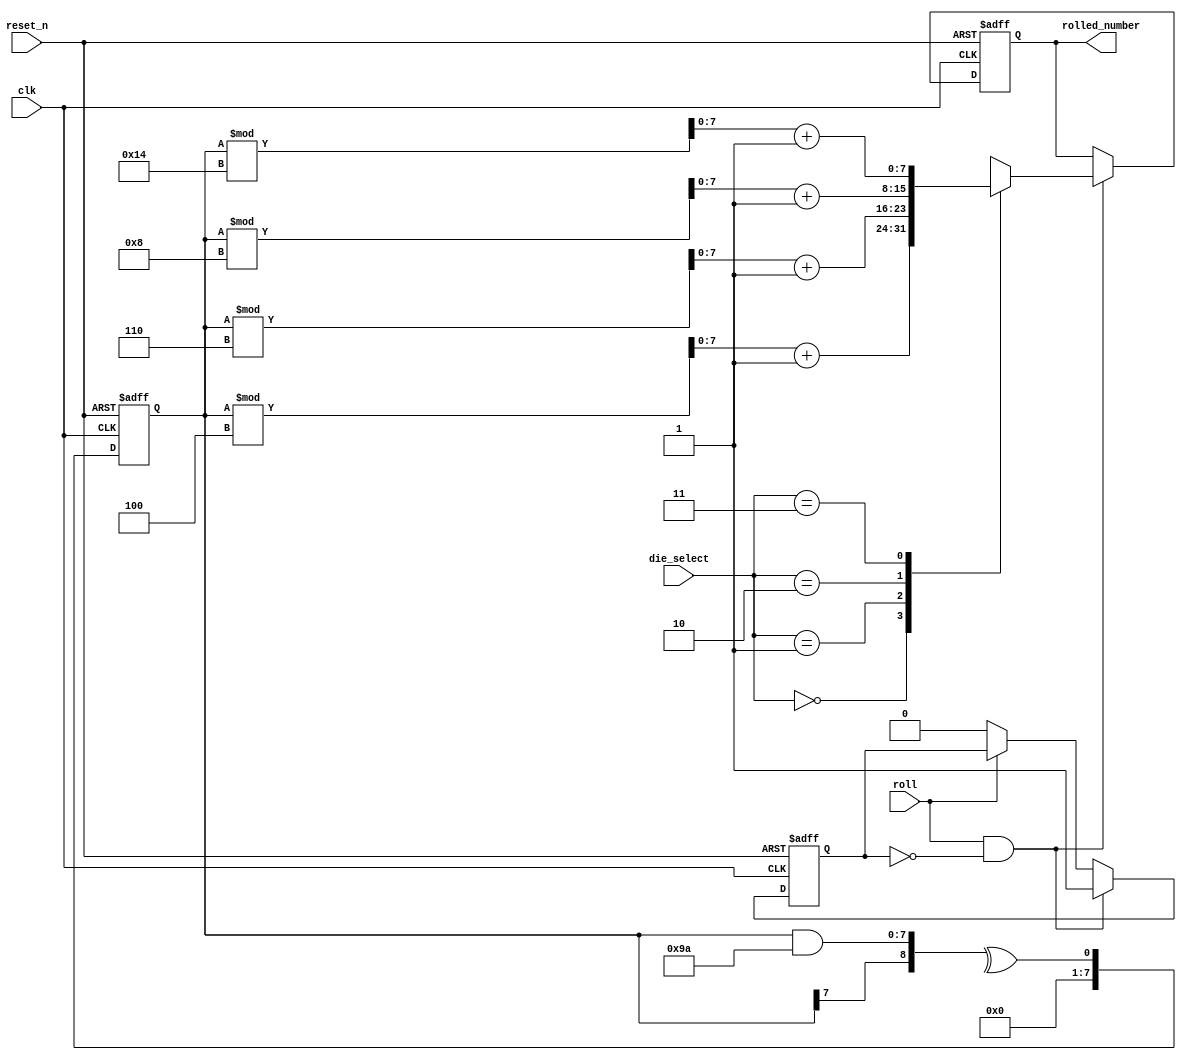
module dice_roller (
    input wire clk,
    input wire reset_n,
    input wire [1:0] die_select,
    input wire roll,
    output reg [7:0] rolled_number
);

// Define LFSR's width and tap positions
localparam LFSR_WIDTH = 8;
localparam [LFSR_WIDTH-1:0] LFSR_TAPS = 8'b10011010;

reg [LFSR_WIDTH-1:0] lfsr_state;
wire lfsr_next_state = ^{lfsr_state[LFSR_WIDTH-1], lfsr_state & LFSR_TAPS};
reg roll_done;

always @(posedge clk or negedge reset_n) begin
    if (!reset_n) begin
        lfsr_state <= 8'h1;
        rolled_number <= 8'h0;
        roll_done <= 1'b0;
    end else begin
        lfsr_state <= lfsr_next_state;
        if (roll && !roll_done) begin
            roll_done <= 1'b1;
            case (die_select)
                2'b00: rolled_number <= (lfsr_state % 4) + 1; // 4-sided die
                2'b01: rolled_number <= (lfsr_state % 6) + 1; // 6-sided die
                2'b10: rolled_number <= (lfsr_state % 8) + 1; // 8-sided die
                2'b11: rolled_number <= (lfsr_state % 20) + 1; // 20-sided die
                default: rolled_number <= 8'h0;
            endcase
        end else if (!roll) begin
            roll_done <= 1'b0;
        end
    end
end

endmodule